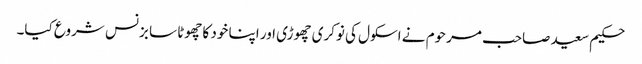
حکیم سعید صاحب مرحوم نے اسکول کی نوکری چھوڑی اور اپنا خود کا چھوٹا سا بزنس شروع کیا۔